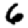
Digit: 6